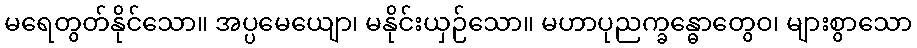
မရေတွတ်နိုင်သော။ အပ္ပမေယျော၊ မနိုင်းယှဉ်သော။ မဟာပုညက္ခန္ဓောတွေဝ၊ များစွာသော